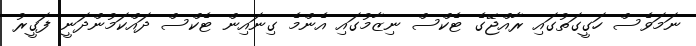
ނަމަވެސް ހަގީގަތުގައި ރާއްޖޭގެ ޓެކްސް ނިޒާމުގައި އެންމެ ގިނައިން ޓެކްސް ދައްކަމުންދަނީ ފަގީރު